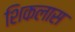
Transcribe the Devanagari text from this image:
शिकलास